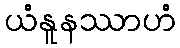
ယံနူနဿာဟံ